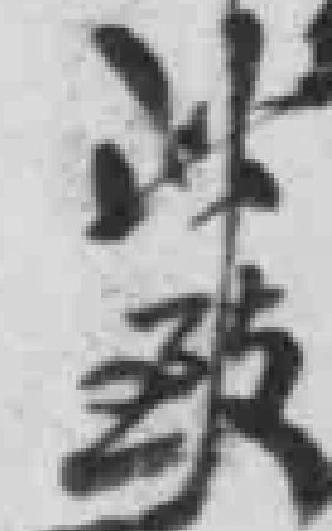
此致